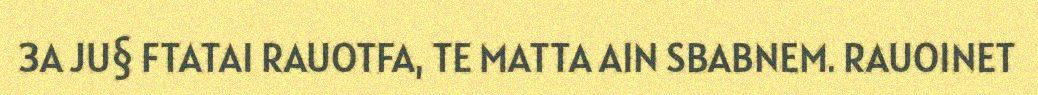
3A JU§ FTATAI RAUOTFA, TE MATTA AIN SBABNEM. RAUOINET